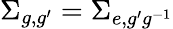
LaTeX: \Sigma_{g,g^{\prime}}=\Sigma_{e,g^{\prime}g^{-1}}